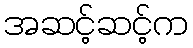
အဆင့်ဆင့်က